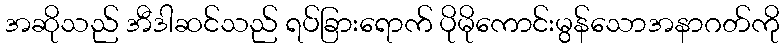
အဆိုသည် အီဒါဆင်သည် ရပ်ခြားရောက် ပိုမိုကောင်းမွန်သောအနာဂတ်ကို